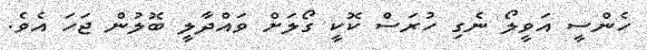
ހެންސީ އަވީލޯ ނެގި ހުރަސް ކޮކީ ގޯލަށް ވައްދާލީ ބޮލުން ޖަހަ އެވެ.